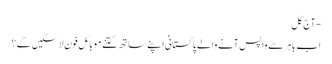
- آج کل
اب باہر سے واپس آنے والے پاکستانی اپنے ساتھ کتنے موبائل فون لاسکیں گے؟